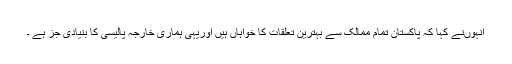
انہوںنے کہا کہ پاکستان تمام ممالک سے بہترین تعلقات کا خواہاں ہیں اوریہی ہماری خارجہ پالیسی کا بنیادی جز ہے ۔